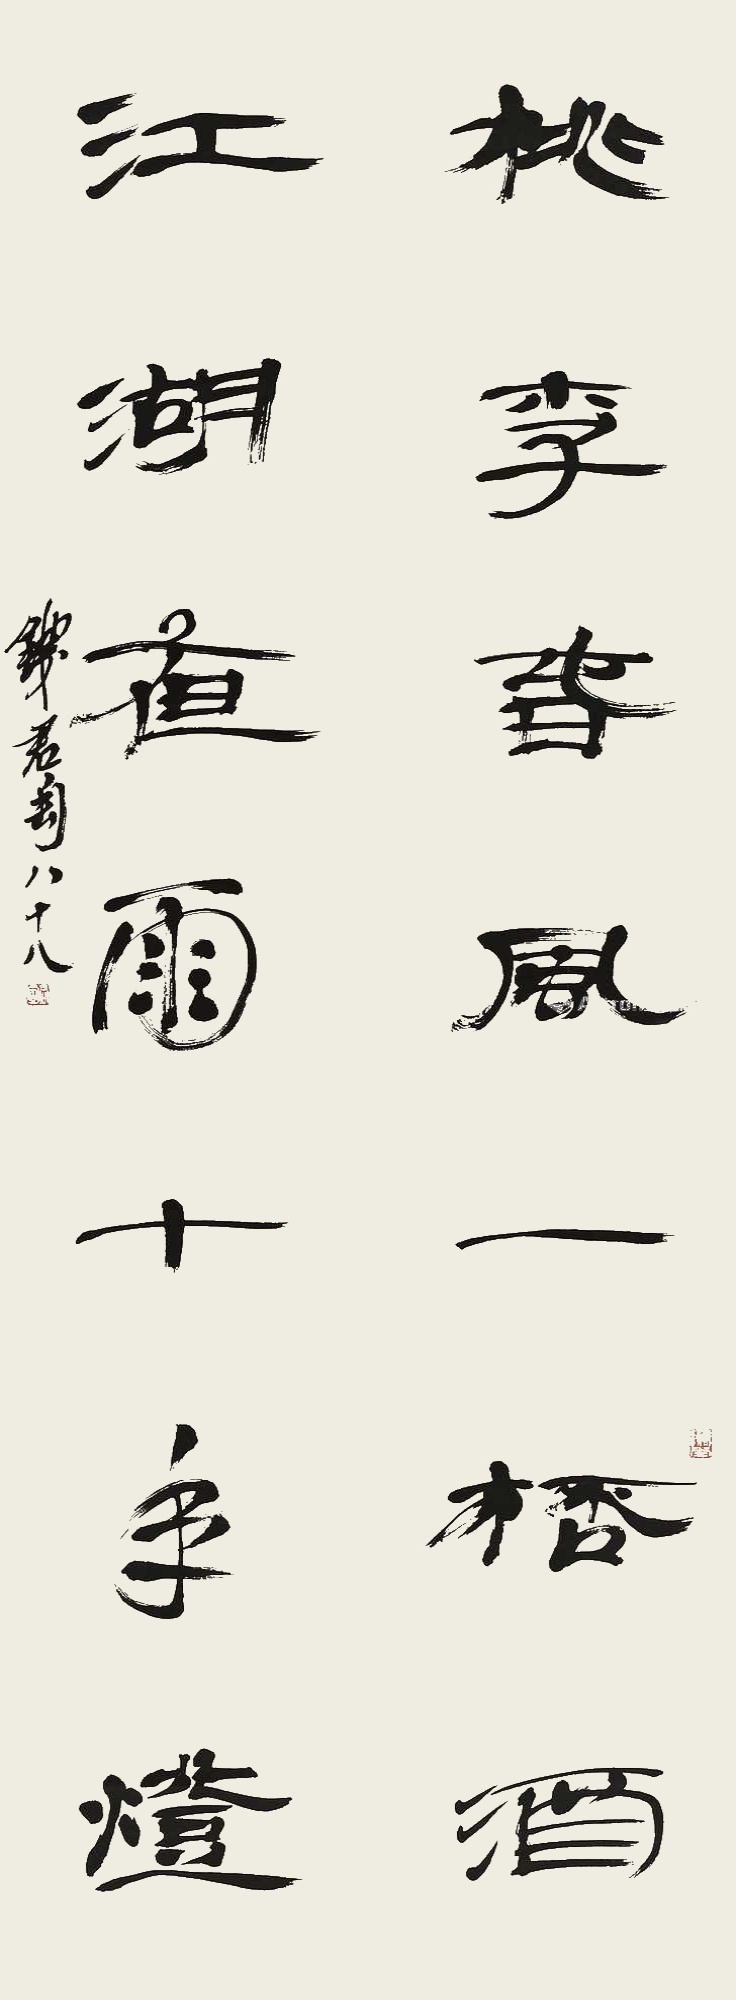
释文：桃李春风一杯酒，江湖夜雨十年灯。钱君匋八十八。